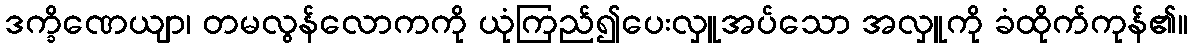
ဒက္ခိဏေယျာ၊ တမလွန်လောကကို ယုံကြည်၍ပေးလှူအပ်သော အလှူကို ခံထိုက်ကုန်၏။